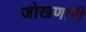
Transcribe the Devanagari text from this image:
जोखणारी